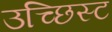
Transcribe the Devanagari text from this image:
उच्छिस्ट